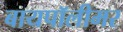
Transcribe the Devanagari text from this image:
बायपॉलीमर